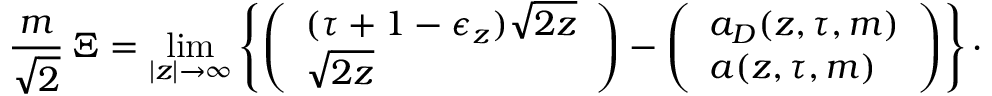
{ \frac { m } { \sqrt { 2 } } } \, \Xi = \operatorname * { l i m } _ { | z | \rightarrow \infty } \left\lbrace \left( \begin{array} { l } { { ( \tau + 1 - \epsilon _ { z } ) \sqrt { 2 z } } } \\ { { \sqrt { 2 z } } } \end{array} \right) - \left( \begin{array} { l } { { a _ { D } ( z , \tau , m ) } } \\ { { a ( z , \tau , m ) } } \end{array} \right) \right\rbrace \cdotp